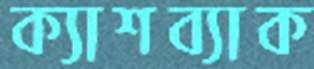
ক্যাশব্যাক